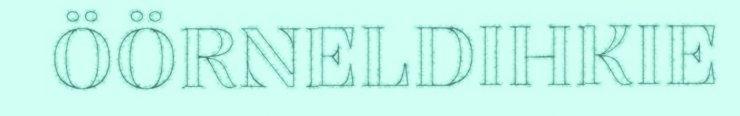
ÖÖRNELDIHKIE